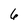
Character: 6